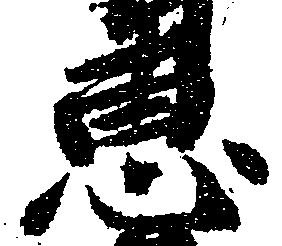
恵